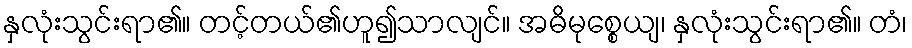
နှလုံးသွင်းရာ၏။ တင့်တယ်၏ဟူ၍သာလျင်။ အဓိမုစ္စေယျ၊ နှလုံးသွင်းရာ၏။ တံ၊